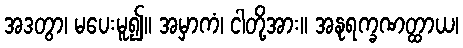
အဒတွာ၊ မပေးမူ၍။ အမှာကံ၊ ငါတို့အား။ အနုရက္ခဏတ္ထာယ၊